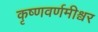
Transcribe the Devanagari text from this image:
कृष्णवर्णमीश्वर